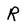
Character: R